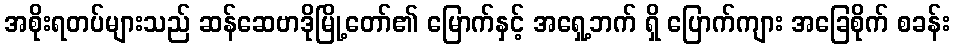
အစိုးရတပ်များသည် ဆန်ဆေဗာဒိုမြို့တော်၏ မြောက်နှင့် အရှေ့ဘက် ရှိ ပြောက်ကျား အခြေစိုက် စခန်း